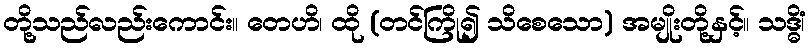
တို့သည်လည်းကောင်း။ တေဟိ၊ ထို (တင်ကြို၍ သိစေသော) အမျိုးတို့နှင့်။ သဒ္ဓိံ၊